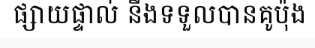
ផ្សាយផ្ទាល់ នឹងទទួលបានគូប៉ុង